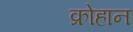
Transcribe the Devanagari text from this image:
क्रोहान